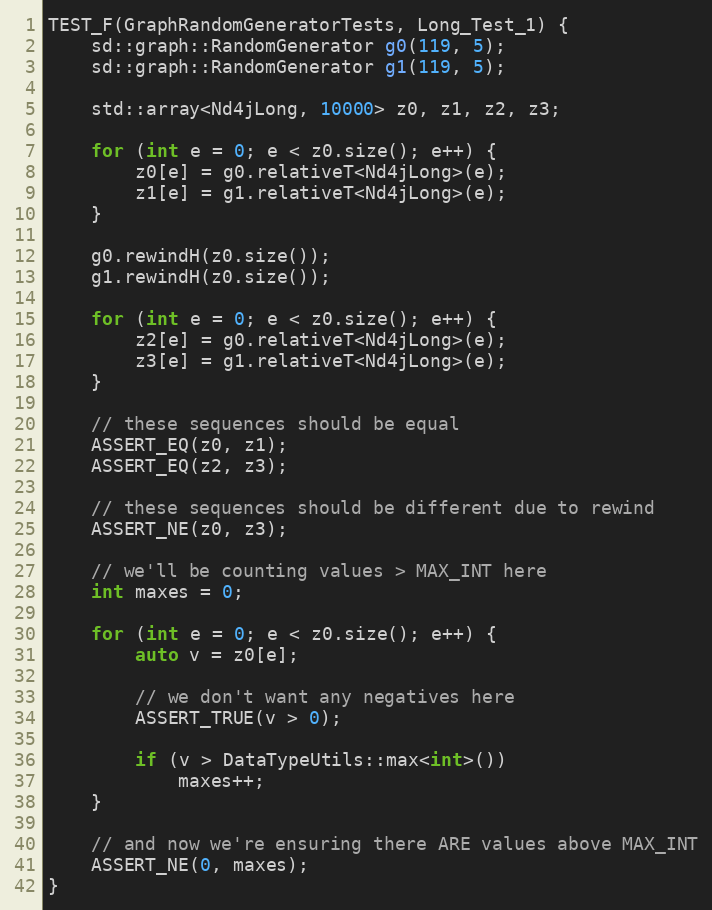
Language: C++
TEST_F(GraphRandomGeneratorTests, Long_Test_1) {
    sd::graph::RandomGenerator g0(119, 5);
    sd::graph::RandomGenerator g1(119, 5);

    std::array<Nd4jLong, 10000> z0, z1, z2, z3;

    for (int e = 0; e < z0.size(); e++) {
        z0[e] = g0.relativeT<Nd4jLong>(e);
        z1[e] = g1.relativeT<Nd4jLong>(e);
    }

    g0.rewindH(z0.size());
    g1.rewindH(z0.size());

    for (int e = 0; e < z0.size(); e++) {
        z2[e] = g0.relativeT<Nd4jLong>(e);
        z3[e] = g1.relativeT<Nd4jLong>(e);
    }

    // these sequences should be equal
    ASSERT_EQ(z0, z1);
    ASSERT_EQ(z2, z3);

    // these sequences should be different due to rewind
    ASSERT_NE(z0, z3);

    // we'll be counting values > MAX_INT here
    int maxes = 0;

    for (int e = 0; e < z0.size(); e++) {
        auto v = z0[e];

        // we don't want any negatives here
        ASSERT_TRUE(v > 0);

        if (v > DataTypeUtils::max<int>())
            maxes++;
    }

    // and now we're ensuring there ARE values above MAX_INT
    ASSERT_NE(0, maxes);
}